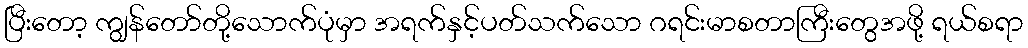
ပြီးတော့ ကျွန်တော်တို့သောက်ပုံမှာ အရက်နှင့်ပတ်သက်သော ဂရင်းမာစတာကြီးတွေအဖို့ ရယ်စရာ